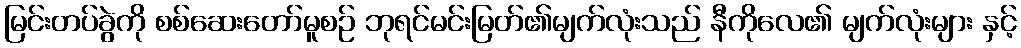
မြင်းတပ်ခွဲကို စစ်ဆေးတော်မူစဉ် ဘုရင်မင်းမြတ်၏မျက်လုံးသည် နီကိုလေ၏ မျက်လုံးများ နှင့်